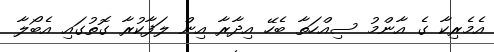
އެމެރިކާ ގެ އާންމު ސިއްހަތާ ބެހޭ އިދާރާ އިން ލަފާކުރާ ގޮތުގައި އެބޯލާ